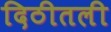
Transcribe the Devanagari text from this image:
दिठीतली